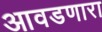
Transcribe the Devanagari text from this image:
आवडणारा